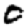
Digit: 0